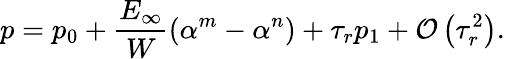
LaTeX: p=p_{0}+\frac{E_{\infty}}{W}\left(\alpha^{m}-\alpha^{n}\right)+\tau_{r}p_{1}+\mathcal{O}\left(\tau_{r}^{2}\right).